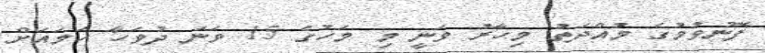
ފޮނުވުމުގެ މުއްދަތު މިހާރު ވަނީ މި މަހުގެ 15 ވަނަ ދުވަހާ ހަމައަށް